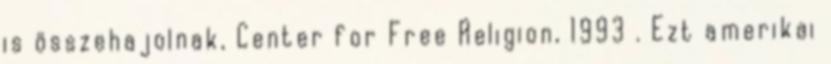
is összehajolnak, Center for Free Religion, 1993 . Ezt amerikai